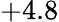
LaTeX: +4.8